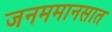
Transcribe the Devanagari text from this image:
जनममानसात